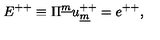
E ^ { + + } \equiv \Pi ^ { \underline { m } } u _ { \underline { m } } ^ { + + } = e ^ { + + } ,